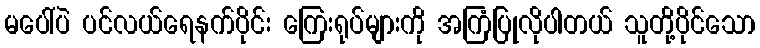
မပေါ်ပဲ ပင်လယ်ရေနက်ပိုင်း ကြေးရုပ်များကို အကြံပြုလိုပါတယ် သူတို့ပိုင်သော